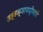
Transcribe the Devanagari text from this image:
तत्वज्ञानप्रेमाचे